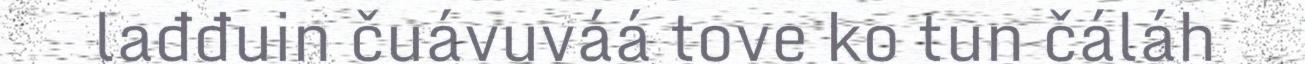
lađđuin čuávuváá tove ko tun čáláh